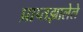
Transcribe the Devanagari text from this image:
प्राप्तझालेले